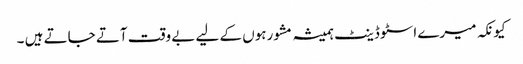
کیونکہ میرے اسٹوڈینٹ ہمیشہ مشورہوں کے لیے بے وقت آتے جاتے ہیں ۔